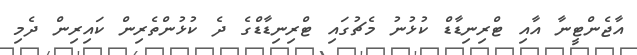
އާޖެންޓީނާ އާއި ޓްރިނިޑާޑް ކުޅުނު މެޗުގައި ޓްރިނިޑާޑްގެ ދެ ކުޅުންތެރިން ކައިރިން ދެމި